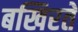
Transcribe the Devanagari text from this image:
बखिरते